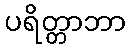
ပရိတ္တာဘာ